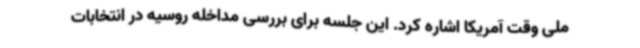
ملی وقت آمریکا اشاره کرد. این جلسه برای بررسی مداخله روسیه در انتخابات